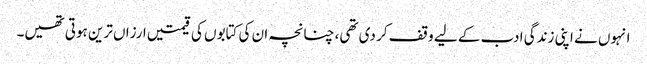
انہوں نے اپنی زندگی ادب کے لیے وقف کر دی تھی، چنانچہ ان کی کتابوں کی قیمتیں ارزاں ترین ہوتی تھیں۔